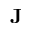
\mathbf { J }